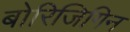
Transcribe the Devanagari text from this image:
बोरिजिगिन